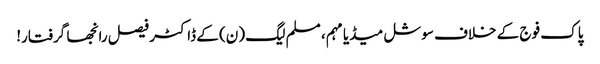
پاک فوج کے خلاف سوشل میڈیا مہم، مسلم لیگ (ن) کے ڈاکٹر فیصل رانجھا گرفتار!